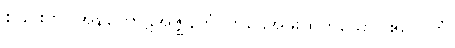
စိခြင်းငှာ။ အဍ္ဎကောဋိအဇ္ဈနကံ၊ ကုဋေအဖိုးထိုက်သော။ ဧကေကံ၊